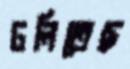
ঢলিতেছ